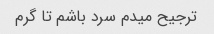
ترجیح میدم سرد باشم تا گرم